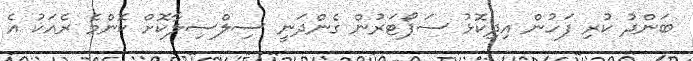
ބަންދު ކުރި ފަހުން އިދިކޮޅު ސަޕޯޓަރުން ގެންދަނީ ސިލްސިލާކޮށް ކޮންމެ ރެއަކު އެ